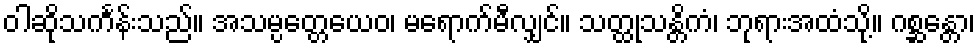
ဝါဆိုသင်္ကန်းသည်။ အသမ္ပတ္တေယေဝ၊ မရောက်မီလျှင်။ သတ္ထုသန္တိကံ၊ ဘုရားအထံသို့။ ဂစ္ဆန္တော၊